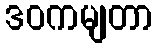
ဒဝကမျတာ